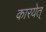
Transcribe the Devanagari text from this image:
कारयेत्‌